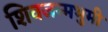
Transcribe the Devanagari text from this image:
शिवजन्मभुमी